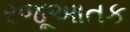
રજૂઆતક